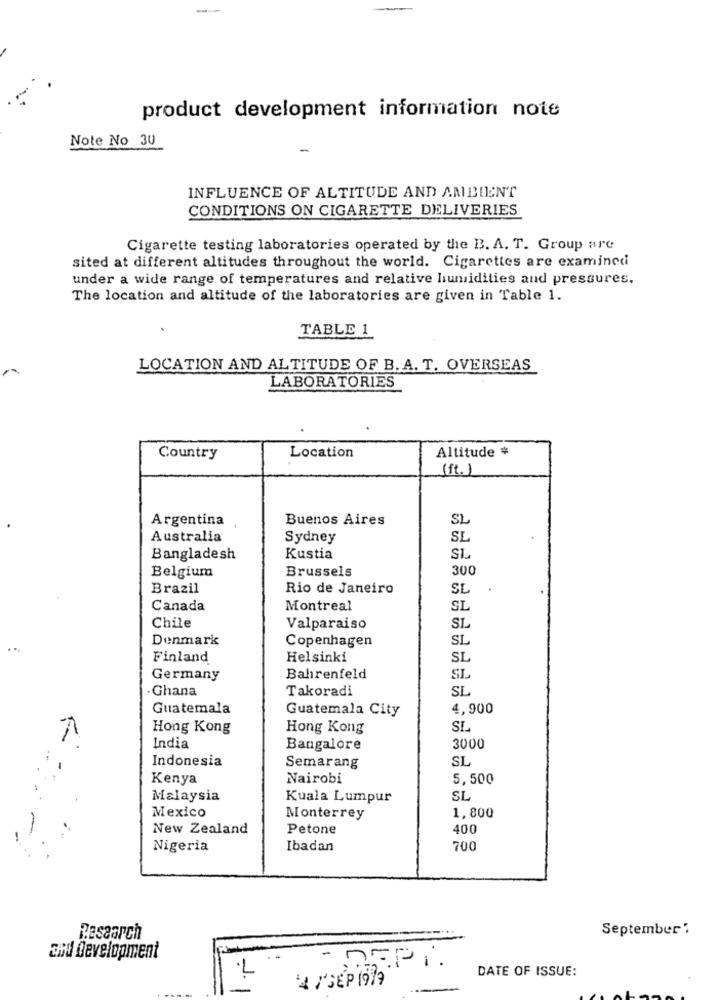
product development information note
Note No 30
-
INFLUENCE OF ALTITUDE AND AMBIENT
CONDITIONS ON CIGARETTE DELIVERIES
Cigarette testing laboratories operated by the B. A. T. Group are
sited at different altitudes throughout the world. Cigarettes are examined
under a wide range of temperatures and relative humidities and pressures.
The location and altitude of the laboratories are given in Table 1.
TABLE 1
LOCATION AND ALTITUDE OF B. A. T. OVERSEAS
LABORATORIES
Altitude #
Country
Location
(it.)
Argentina
Buenos Aires
SL
Australia
Sydney
SL
Bangladesh
Kustia
SL
Belgium
Brussels
300
Brazil
Rio de Janeiro
SL
Canada
Montreal
SL
Chile
Valparaiso
SL
Denmark
Copenhagen
SL
Finland
Helsinki
SL
Germany
Bahrenfeld
SL
Ghana
Takoradi
SL
Guatemala
Guatemala City
4,900
Hong Kong
Hong Kong
SL
India
Bangalore
3000
Indonesia
SL
Semarang
Kenya
Nairobi
5,500
Malaysia
Kuala Lumpur
SL
Mexico
1,800
Monterrey
New Zealand
Petone
400
Nigeria
Ibadan
700
September'.
Research
and development
-
DEPI
DATE OF ISSUE:
-. 1